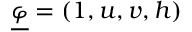
\underline { { \varphi } } = ( 1 , u , v , h )